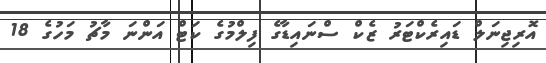
އޮރިޖިނަލް ޑައިރެކްޓަރު ޒެކް ސްނައިޑާގެ ފިލްމުގެ ކަޓް އަންނަ މާޗު މަހުގެ 18